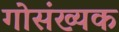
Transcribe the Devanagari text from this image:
गोसंख्यक